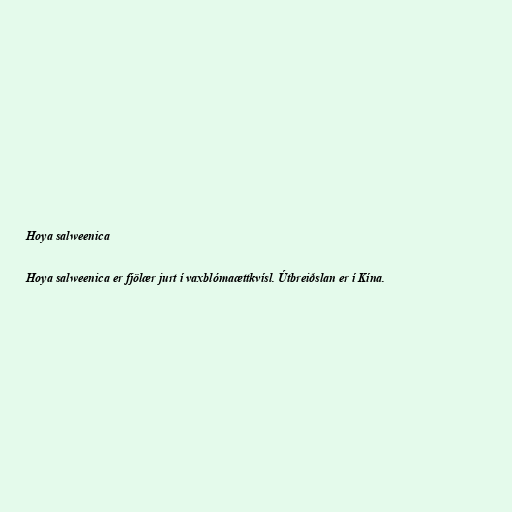
Hoya salweenica

Hoya salweenica er fjölær jurt í vaxblómaættkvísl. Útbreiðslan er í Kína.